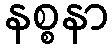
နစ္စနာ